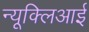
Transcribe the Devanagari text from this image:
न्यूक्लिआई